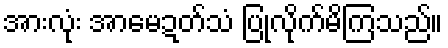
အားလုံး အာမေဍတ်သံ ပြုလိုက်မိကြသည်။